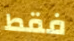
فقط